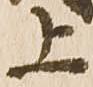
上